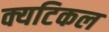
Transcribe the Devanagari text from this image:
क्यटिकल